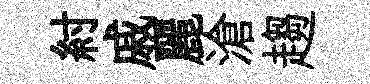
紂戚麗滄趨